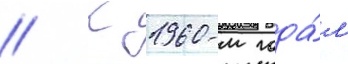
// К 1960-м года́м